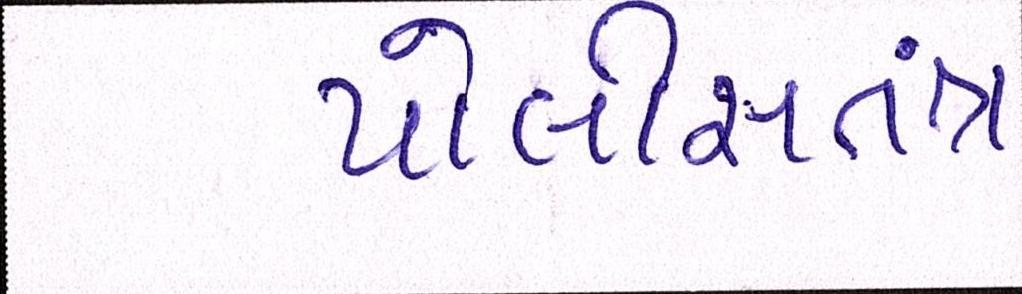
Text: પોલીસતત્રં